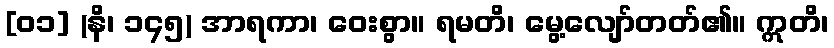
[၀၁] (နိ၊ ၁၄၅) အာရကာ၊ ဝေးစွာ။ ရမတိ၊ မွေ့လျော်တတ်၏။ ဣတိ၊